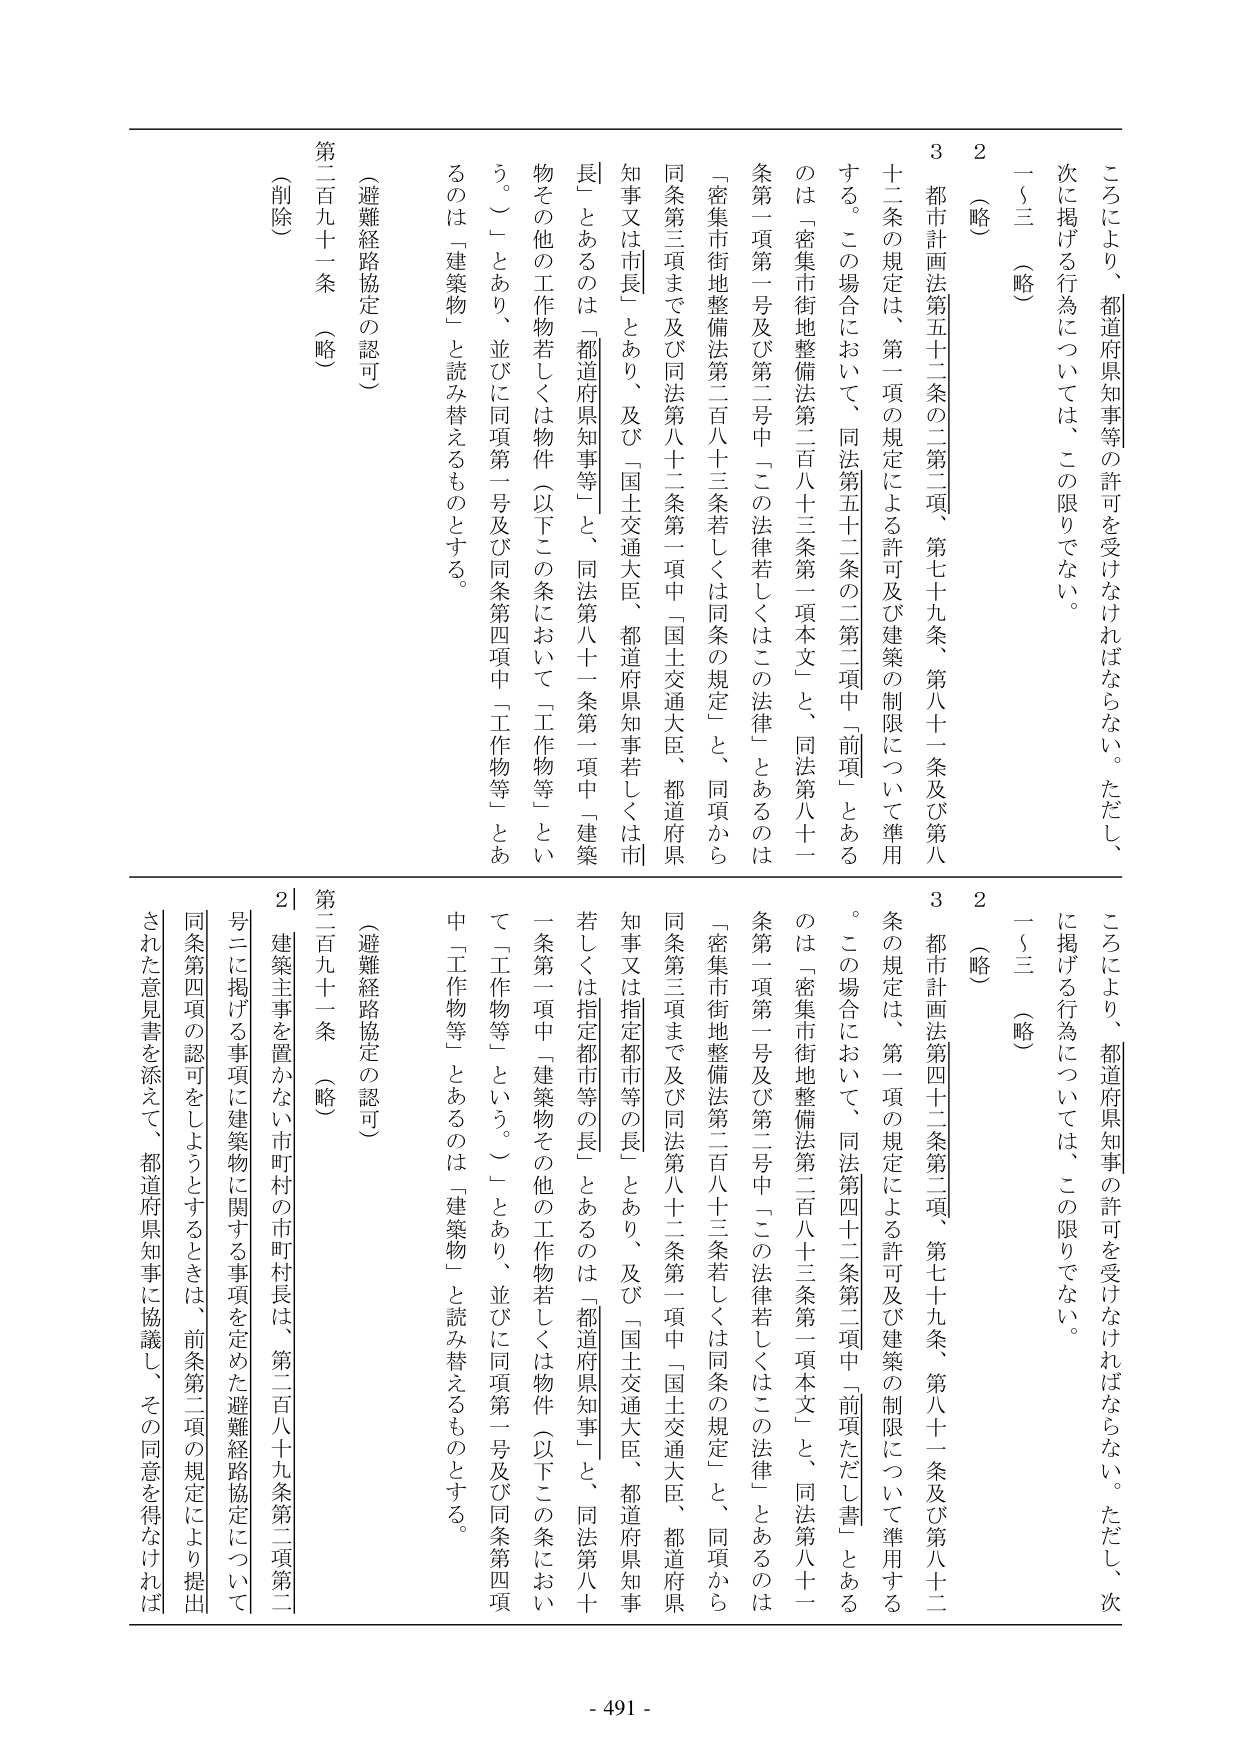
ころにより、都道府県知事等の許可を受けなければならない。ただし、次に掲げる行為については、この限りでない。
一～三（略）
２（略）
３都市計画法第五十二条の二第二項、第七十九条、第八十一条及び第八十二条の規定は、第一項の規定による許可及び建築の制限について準用する。この場合において、同法第五十二条の二第二項中「前項」とあるのは「密集市街地整備法第二百八十三条第一項本文」と、同法第八十一条第一項第一号及び第二号中「この法律若しくはこの法律」とあるのは「密集市街地整備法第二百八十三条若しくは同条の規定」と、同項から同条第三項まで及び同法第八十二条第一項中「国土交通大臣、都道府県知事又は市長」とあり、及び「国土交通大臣、都道府県知事若しくは市長」とあるのは「都道府県知事等」と、同法第八十一条第一項中「建築物その他の工作物若しくは物件（以下この条において「工作物等」という。）」とあり、並びに同項第一号及び同条第四項中「工作物等」とあるのは「建築物」と読み替えるものとする。
（避難経路協定の認可）
第二百九十一条（略）
（削除）

ころにより、都道府県知事の許可を受けなければならない。ただし、次に掲げる行為については、この限りでない。
一～三（略）
２（略）
３都市計画法第四十二条第二項、第七十九条、第八十一条及び第八十二条の規定は、第一項の規定による許可及び建築の制限について準用する。この場合において、同法第四十二条第二項中「前項ただし書」とあるのは「密集市街地整備法第二百八十三条第一項本文」と、同法第八十一条第一項第一号及び第二号中「この法律若しくはこの法律」とあるのは「密集市街地整備法第二百八十三条若しくは同条の規定」と、同項から同条第三項まで及び同法第八十二条第一項中「国土交通大臣、都道府県知事又は指定都市等の長」とあり、及び「国土交通大臣、都道府県知事若しくは指定都市等の長」とあるのは「都道府県知事」と、同法第八十一条第一項中「建築物その他の工作物若しくは物件（以下この条において「工作物等」という。）」とあり、並びに同項第一号及び同条第四項中「工作物等」とあるのは「建築物」と読み替えるものとする。
（避難経路協定の認可）
第二百九十一条（略）
２建築主事を置かない市町村の市町村長は、第二百八十九条第二項第二号二に掲げる事項に建築物に関する事項を定めた避難経路協定について、同条第四項の認可をしようとするときは、前条第二項の規定により提出された意見書を添えて、都道府県知事に協議し、その同意を得なければ

- 491 -